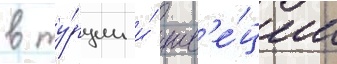
в ту́рции и́ шв'е́ции